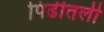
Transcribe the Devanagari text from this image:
पिढीतली